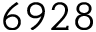
6 9 2 8